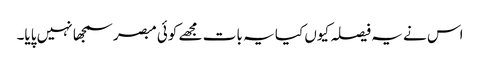
اس نے یہ فیصلہ کیوں کیا یہ بات مجھے کوئی مبصر سمجھا نہیں پایا۔